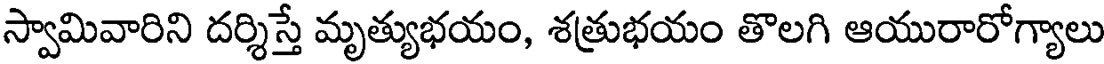
స్వామివారిని దర్శిస్తే మృత్యుభయం, శత్రుభయం తొలగి ఆయురారోగ్యాలు